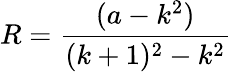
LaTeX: R={\frac{(a-k^{2})}{(k+1)^{2}-k^{2}}}